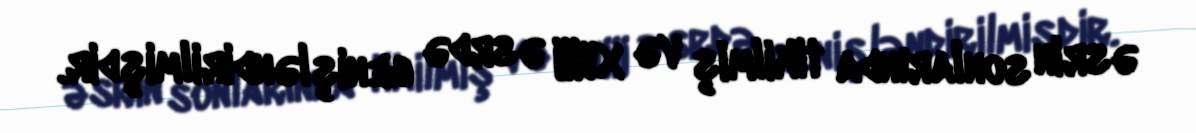
əsrin sonlarında tikilmiş və XVIII əsrdə genişləndirilmişdir.